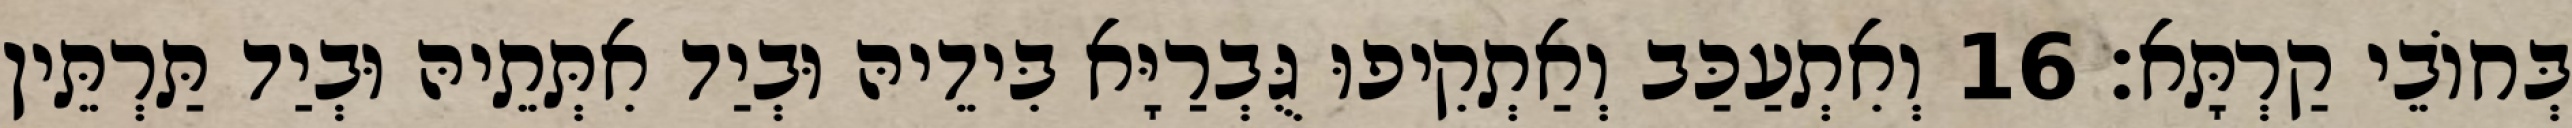
בְּחוֹבֵי קַרְתָּא׃ 16 וְאִתְעַכַּב וְאַתְקִיפוּ גֻּבְרַיָּא בִּידֵיהּ וּבְיַד אִתְּתֵיהּ וּבְיַד תַּרְתֵּין